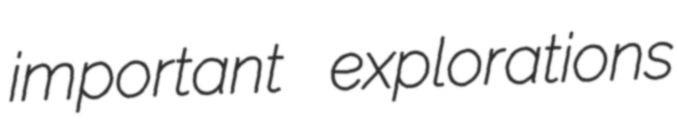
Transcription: important explorations